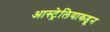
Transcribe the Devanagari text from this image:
आस्ट्रेलियाकडून